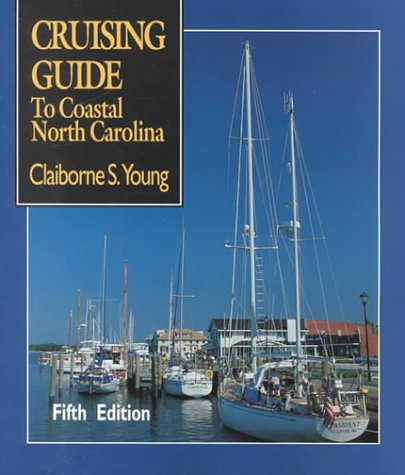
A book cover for Cruising Guide to Coastal North Carolina; Claiborne S. Young; Travel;